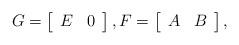
LaTeX: \begin{align*} G = \left[\begin{array}{cc} E & 0 \end{array}\right], F = \left[\begin{array}{cc} A & B \end{array}\right],\end{align*}